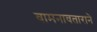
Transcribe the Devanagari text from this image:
वामनावताराने